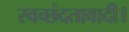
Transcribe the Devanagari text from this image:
स्वच्छंदतावादी।